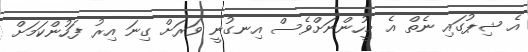
އެ ޝިޕުގައި ނެތް އެ މީހުންނަށްވެސް އިނގުނީ ވަރަށް ގިނަ އިރު ފަހުންކަމަށް